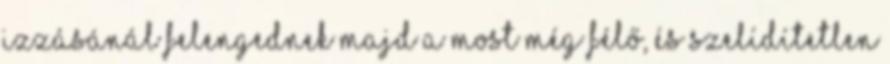
izzásánál felengednek majd a most még félő, és szelídítetlen